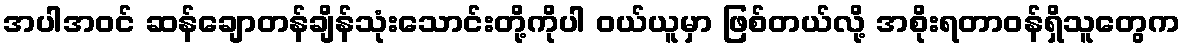
အပါအဝင် ဆန်ချောတန်ချိန်သုံးသောင်းတို့ကိုပါ ဝယ်ယူမှာ ဖြစ်တယ်လို့ အစိုးရတာဝန်ရှိသူတွေက